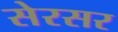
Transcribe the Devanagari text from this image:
सेरसर